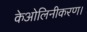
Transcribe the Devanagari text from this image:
केओलिनीकरण।